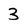
Character: 3